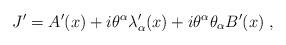
LaTeX: \begin{align*} J'=A'(x)+i\theta^\alpha\lambda'_\alpha(x) + i\theta^\alpha \theta_\alpha B'(x)\;,\end{align*}